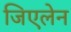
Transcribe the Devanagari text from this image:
जिएलेन